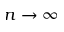
n \to \infty